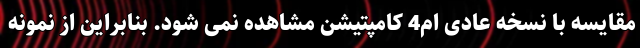
مقایسه با نسخه عادی ام4 کامپتیشن مشاهده نمی شود. بنابراین از نمونه